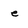
Character: e